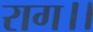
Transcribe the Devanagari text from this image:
राग।।